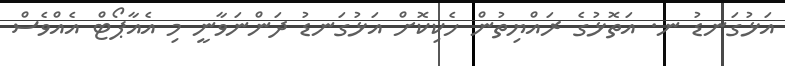
އަޅުގަނޑު ނ. އަތޮޅުގެ ރައްޔިތުން ހެކިކޮށް އަޅުގަނޑު ދަންނަވާނީ މި އެއާޕޯޓް އެއްވެސް